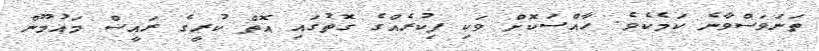
ތަނަވަސްވާނެ ކަމެކެވެ. ހާއްސަކޮށް ވަކި ފިކުރެއްގެ ގޮތުގައި އޮތް ކުރީގެ ރައީސް މައުމޫން